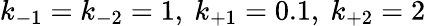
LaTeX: k_{-1}=k_{-2}=1,~k_{+1}=0.1,~k_{+2}=2